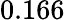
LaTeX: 0.166